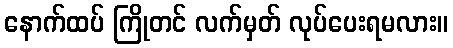
နောက်ထပ် ကြိုတင် လက်မှတ် လုပ်ပေးရမလား။